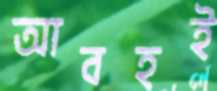
আবহই